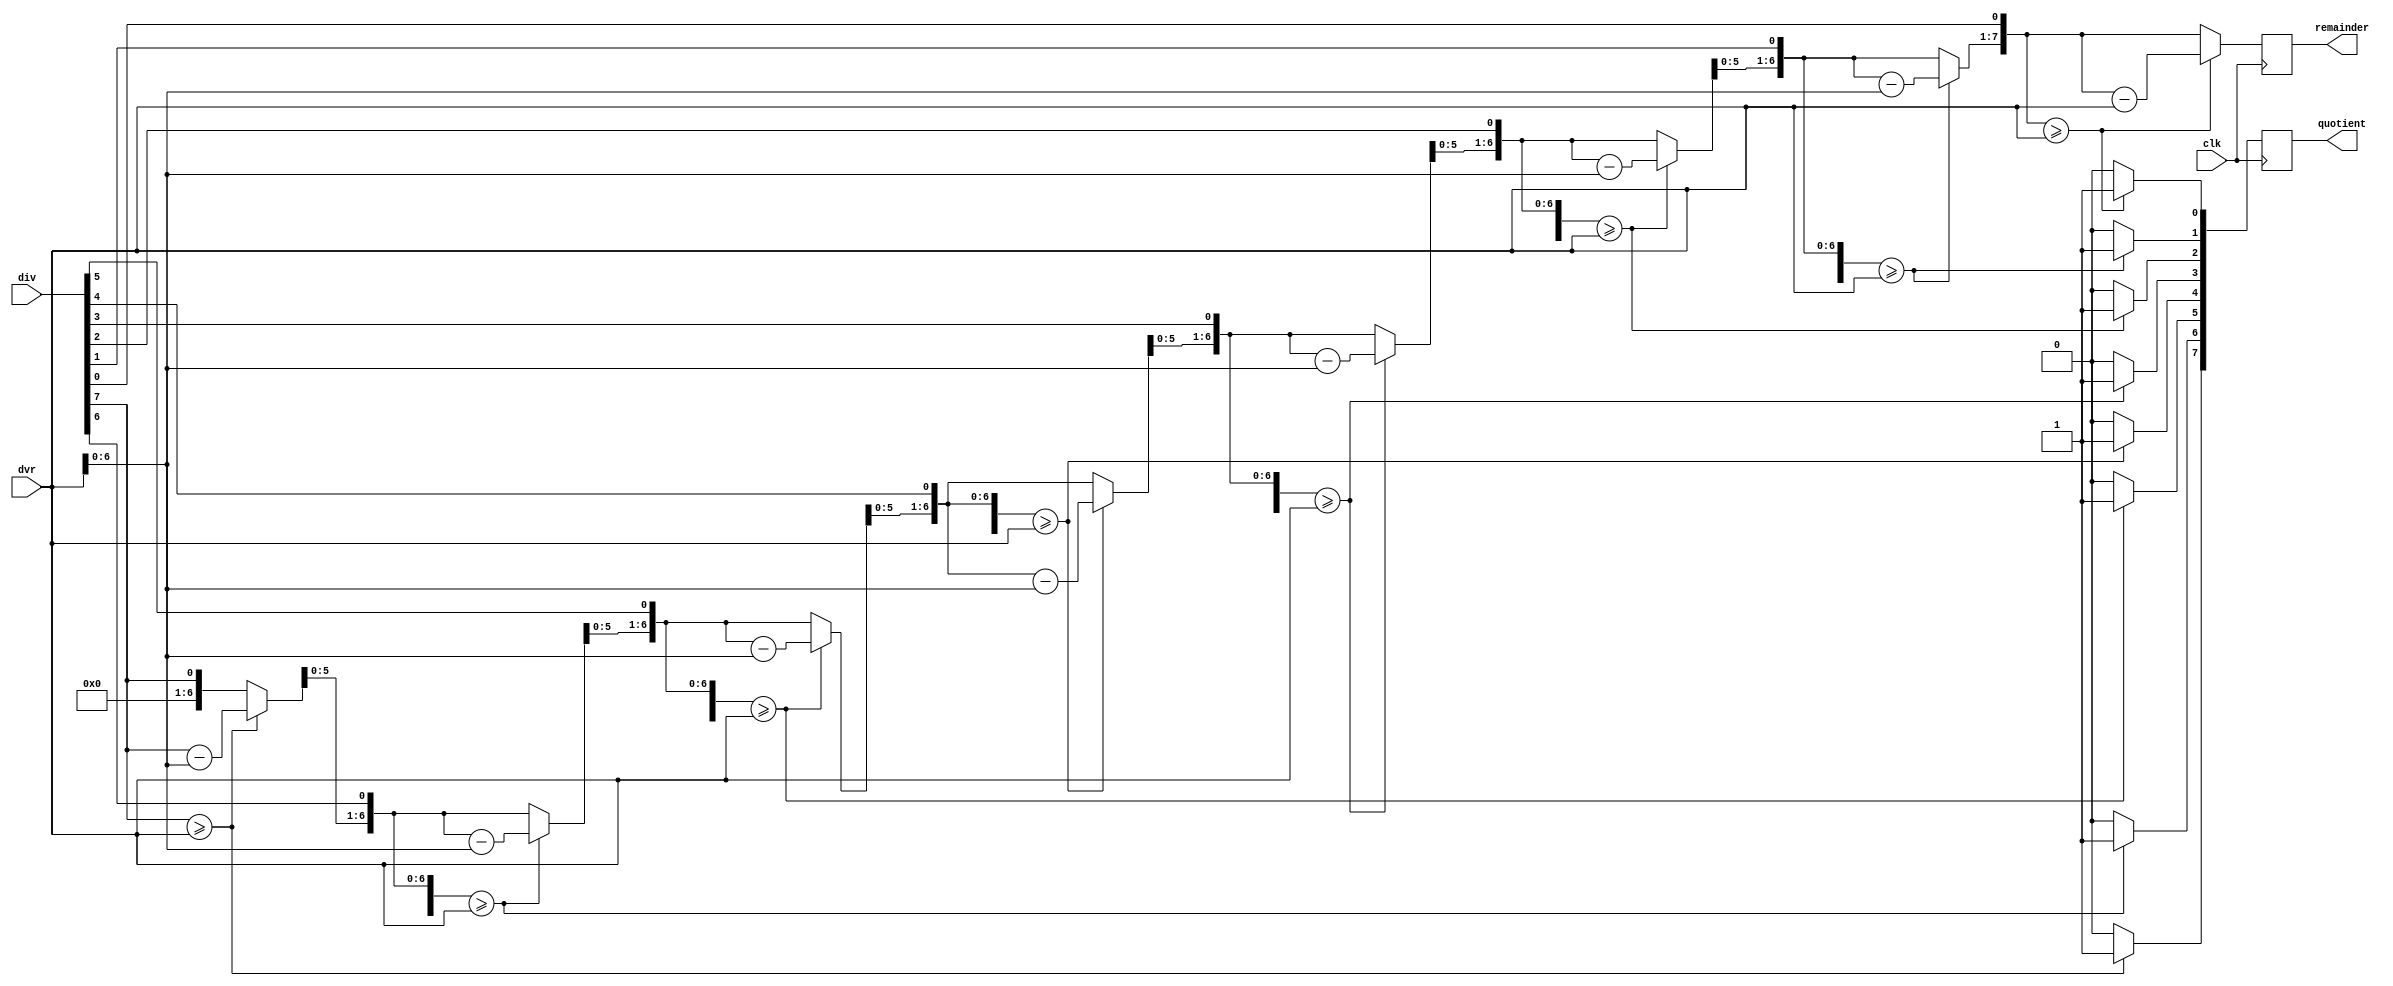
module divider(

    input [7:0] div, // dividend  switch [15:8]
    input [7:0] dvr, // divisor  switch [7:0]
	input clk,
	 
    output [7:0] quotient, // quotient
    output [7:0] remainder // remainder
	 
    );

integer i;
//reg [7:0] r_d_diff;
reg [7:0] diff; // remainder - divisor diff result 
//reg [8:0] c0;

reg [7:0] qu;// quotient
reg [7:0] rem;// remainder


always @(posedge clk) begin

//c0[0] = 1'b1;
rem [7:0] = 8'b0; // assign reminader to all zeros initially
qu [7:0] = div[7:0]; // place dividend in Quotient

for (i=0;i<=7;i=i+1) begin
//repeat (8) 

rem = rem<<1;// first iteration shift
rem[0] = qu[7];// first iteration shift
qu = qu<<1;// first iteration shift
qu[0] = 1'b0;// first iteration shift

 if ( rem >= dvr) begin
	
rem = rem-dvr;
qu[0] = 1'b1;

						end

	
			end
	
end 

assign remainder [7:0] = rem[7:0];
assign quotient [7:0] = qu[7:0];


endmodule